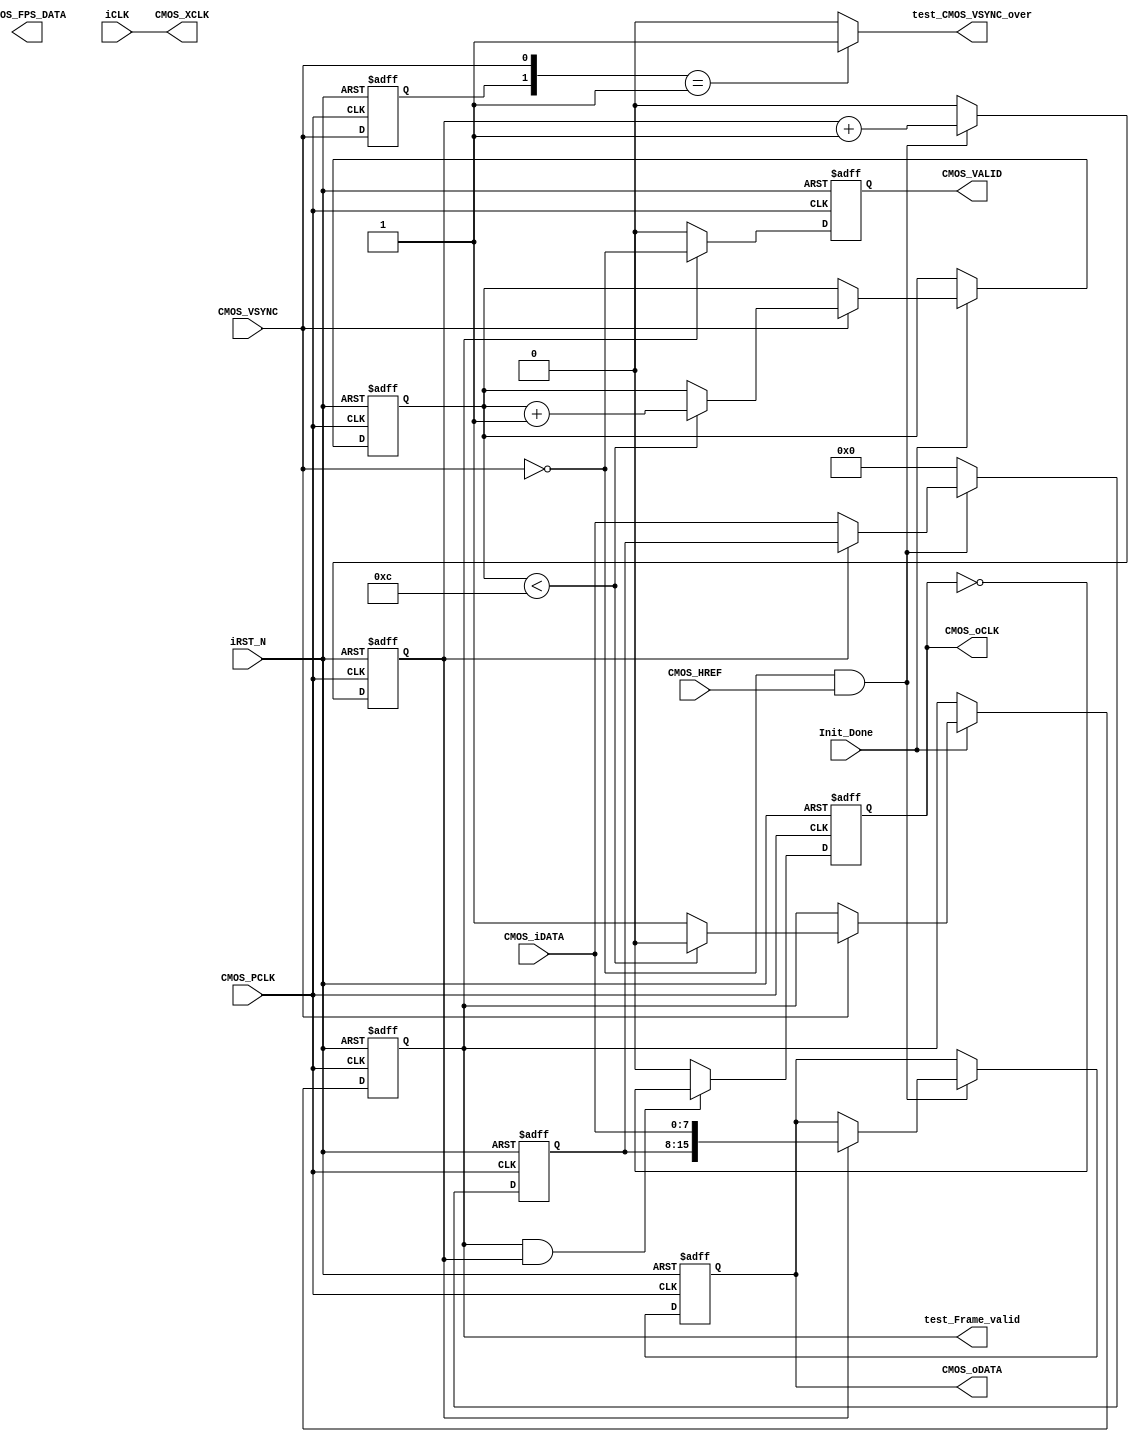
/*-------------------------------------------------------------------------
Description			:		sdram test with uart interface.
Modification History	:
Data			By			Version			Change Description
===========================================================================

--------------------------------------------------------------------------*/

`timescale 1ns/1ns
module CMOS_Capture
(
	//Global Clock
	input				iCLK,			//24MHz
	input				iRST_N,

	//I2C Initilize Done
	input				Init_Done,		//Init Done
	
	//Sensor Interface
	output				CMOS_XCLK,		//24MHz
	input				CMOS_PCLK,		//24MHz
	input	[7:0]		CMOS_iDATA,		//CMOS Data
	input				CMOS_VSYNC,		//L: Vaild
	input				CMOS_HREF,		//H: Vaild
	
	//Ouput Sensor Data
	output	reg			CMOS_oCLK,		//1/2 PCLK
	output	reg	[15:0]	CMOS_oDATA,		//16Bits RGB		
	output	reg			CMOS_VALID,		//Data Enable
	output	reg	[7:0]	CMOS_FPS_DATA,	//cmos fps
	output	test_CMOS_VSYNC_over,
	output	test_Frame_valid	
);

assign	CMOS_XCLK = iCLK;		//24MHz XCLK


//-----------------------------------------------------
////Sensor HS & VS Vaild Capture
/**************************************************
________							       ________
VS		|_________________________________|
HS			  _______	 	   _______
_____________|       |__...___|       |____________
**************************************************/

/*
//----------------------------------------------
reg		mCMOS_HREF;		//
always@(posedge CMOS_PCLK or negedge iRST_N)
begin
	if(!iRST_N)
		mCMOS_HREF <= 0;
	else
		mCMOS_HREF <= CMOS_HREF;		
end
wire	CMOS_HREF_over = ({mCMOS_HREF,CMOS_HREF} == 2'b10) ? 1'b1 : 1'b0;		//HREF 
*/

//----------------------------------------------
reg		mCMOS_VSYNC;
always@(posedge CMOS_PCLK or negedge iRST_N)
begin
	if(!iRST_N)
		mCMOS_VSYNC <= 1;
	else
		mCMOS_VSYNC <= CMOS_VSYNC;		//
end
wire	CMOS_VSYNC_over = ({mCMOS_VSYNC,CMOS_VSYNC} == 2'b01) ? 1'b1 : 1'b0;	//VSYNC
assign   test_CMOS_VSYNC_over=CMOS_VSYNC_over;

/*
//--------------------------------------------
//Counter the HS & VS Pixel
localparam		H_DISP	=	12'd640;
localparam		V_DISP	=	12'd480;
reg		[11:0]	X_Cont;	//640
reg		[11:0]	Y_Cont;	//480
always@(posedge CMOS_PCLK or negedge iRST_N)
begin
	if(!iRST_N)
		X_Cont <= 0;
	else if(~CMOS_VSYNC & CMOS_HREF)			//
		X_Cont <= (byte_state == 1'b1) ?  X_Cont + 1'b1 : X_Cont;
	else
		X_Cont <= 0;
end

always@(posedge CMOS_PCLK or negedge iRST_N)
begin
	if(!iRST_N)
		Y_Cont <= 0;
	else if(CMOS_VSYNC == 1'b0)
		begin
		if(CMOS_HREF_over == 1'b1)		//HREF 
			Y_Cont <= Y_Cont + 1'b1;
		end
	else
		Y_Cont <= 0;
end
*/

//-----------------------------------------------------
//Change the sensor data from 8 bits to 16 bits.
reg			byte_state;		//byte state count
reg [7:0]  	Pre_CMOS_iDATA;
always@(posedge CMOS_PCLK or negedge iRST_N)
begin
	if(!iRST_N)
		begin
		byte_state <= 0;
		Pre_CMOS_iDATA <= 8'd0;
		CMOS_oDATA <= 16'd0;
		end
	else
		begin
		if(~CMOS_VSYNC & CMOS_HREF)			//{first_byte, second_byte} 
			begin
			byte_state <= byte_state + 1'b1;	//RGB565 = {first_byte, second_byte}
			case(byte_state)
			1'b0 :	Pre_CMOS_iDATA[7:0] <= CMOS_iDATA;
			1'b1 : 	CMOS_oDATA[15:0] <= {Pre_CMOS_iDATA[7:0], CMOS_iDATA[7:0]};
			endcase
			end
		else
			begin
			byte_state <= 0;
			Pre_CMOS_iDATA <= 8'd0;
			CMOS_oDATA <= CMOS_oDATA;
			end
		end
end


//--------------------------------------------
//Wait for Sensor output Data valid 10 Franme
reg	[3:0] 	Frame_Cont;
reg 		Frame_valid;
always@(posedge CMOS_PCLK or negedge iRST_N)
begin
	if(!iRST_N)
		begin
		Frame_Cont <= 0;
		Frame_valid <= 0;
		end
	else if(Init_Done)					//CMOS I2C
		begin
		//Frame_valid <= 1'b1;

		//if(CMOS_VSYNC_over == 1'b1)		//VS1
		if(CMOS_VSYNC == 1'b1)
			begin
			if(Frame_Cont < 12)
				begin
				Frame_Cont	<=	Frame_Cont + 1'b1;
				Frame_valid <= 1'b0;
				end
			else
				begin
				Frame_Cont	<=	Frame_Cont;
				Frame_valid <= 1'b1;		//
				end
			end
		end

end
assign test_Frame_valid=Frame_valid;
//-----------------------------------------------------
//CMOS_DATA
always@(posedge CMOS_PCLK or negedge iRST_N)
begin
	if(!iRST_N)
		CMOS_oCLK <= 0;
	else if(Frame_valid == 1'b1 && byte_state)//(X_Cont >= 12'd1 && X_Cont <= H_DISP))
		CMOS_oCLK <= ~CMOS_oCLK;
	else
		CMOS_oCLK <= 0;
end

//----------------------------------------------------
//CMOS_VALID
always@(posedge CMOS_PCLK or negedge iRST_N)
begin
	if(!iRST_N)
		CMOS_VALID <= 0;
	else if(Frame_valid == 1'b1)
		CMOS_VALID <= ~CMOS_VSYNC;
	else
		CMOS_VALID <= 0;
end


/************************************************************
	Caculate Frame Rate per second
*************************************************************/
//-----------------------------------------------------
//	2s 
/*
reg	[25:0]	delay_cnt;	//25_000000 * 2
always@(posedge iCLK or negedge iRST_N)
begin
	if(!iRST_N)
		delay_cnt <= 0;
	else if(Frame_valid)
		begin
		if(delay_cnt < 26'd50_000000)
			delay_cnt <= delay_cnt + 1'b1;
		else
			delay_cnt <= 0;
		end
	else
		delay_cnt <= 0;
end
wire	delay_2s = (delay_cnt == 26'd50_000000) ? 1'b1 : 1'b0;

//-------------------------------------------
//
reg			fps_state;
reg	[7:0]	fps_data;
always@(posedge iCLK or negedge iRST_N)
begin
	if(!iRST_N)
		begin
		fps_data <= 0;
		fps_state <= 0;
		CMOS_FPS_DATA <= 0;
		end
	else if(Frame_valid)
		begin
		case(fps_state)
		0:	begin
			CMOS_FPS_DATA <= CMOS_FPS_DATA;
			if(delay_2s == 0)
				begin
				fps_state <= 0;
				if(CMOS_VSYNC_over == 1'b1)		//VS1
					fps_data <= fps_data + 1'b1;
				end
			else
				fps_state <= 1;
			end
		1:	begin
			fps_state <= 0;
			fps_data <= 0;
			CMOS_FPS_DATA <= fps_data >>1;
			end
		endcase
		end
	else
		begin
		fps_data <= 0;
		fps_state <= 0;
		CMOS_FPS_DATA <= 0;
		end
end
*/

endmodule